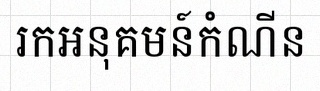
រកអនុគមន៍កំណើន